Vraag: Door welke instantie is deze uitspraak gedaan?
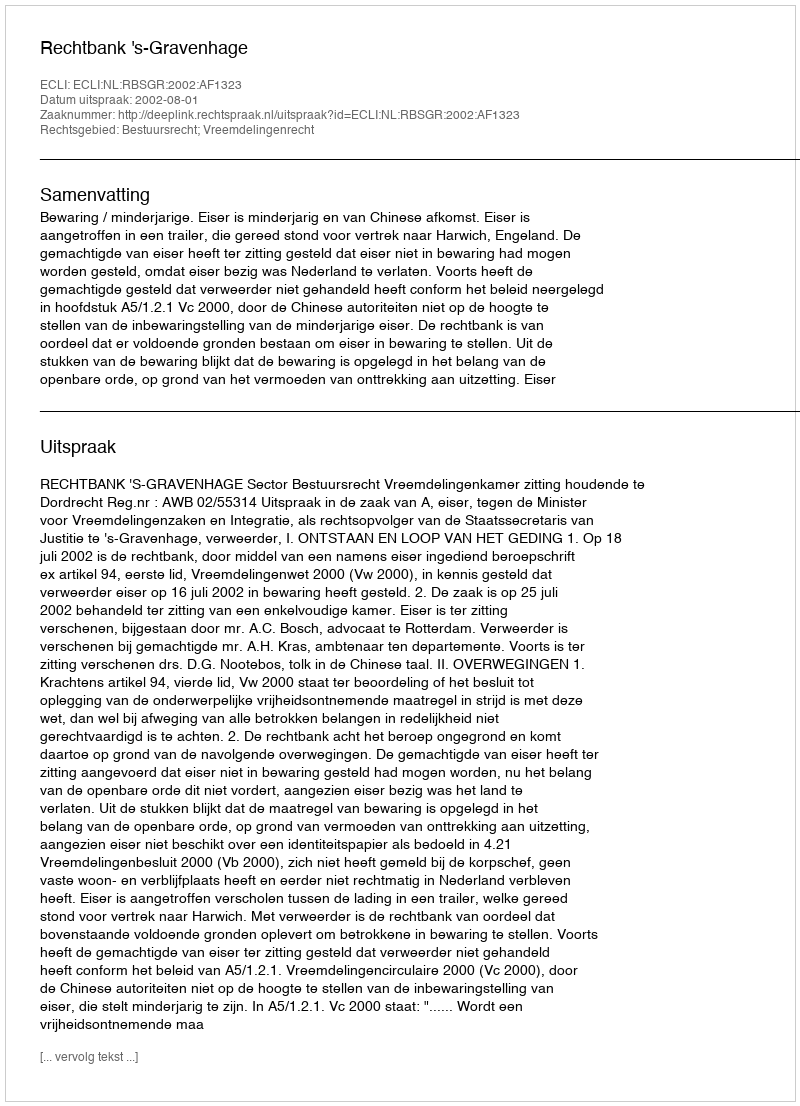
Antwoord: Rechtbank 's-Gravenhage